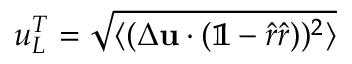
u _ { L } ^ { T } = \sqrt { \langle ( \Delta \mathbf { u } \cdot ( \mathbb { 1 } - \boldsymbol { \hat { r } } \boldsymbol { \hat { r } } ) ) ^ { 2 } \rangle }